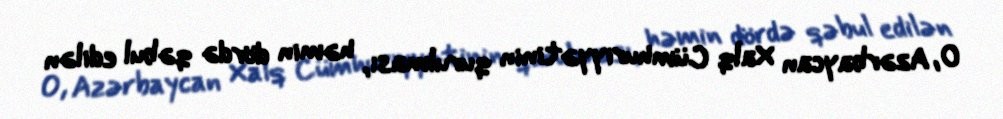
O, Azərbaycan Xalq Cümhuriyyətinin qurulması, həmin dördə qəbul edilən